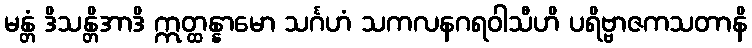
မန္တံ ဒိသန္တိအာဒိ ဣတ္ထန္နာမော သင်္ဂဟံ သကလနဂရဝါသီဟိ ပရိဗ္ဗာဇကသတာနိ